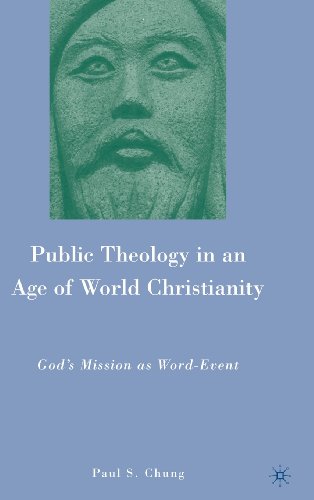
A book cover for Public Theology in an Age of World Christianity: God's Mission as Word-Event; Paul S. Chung; Christian Books & Bibles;